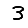
Digit: 3